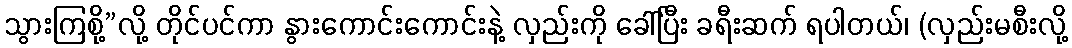
သွားကြစို့”လို့ တိုင်ပင်ကာ နွားကောင်းကောင်းနဲ့ လှည်းကို ခေါ်ပြီး ခရီးဆက် ရပါတယ်၊ (လှည်းမစီးလို့